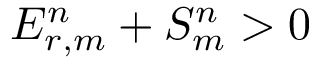
E _ { r , m } ^ { n } + S _ { m } ^ { n } > 0